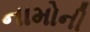
નામોની